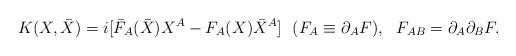
LaTeX: \begin{align*}K(X,\bar{X})=i[\bar{F}_A(\bar{X})X^A -F_A(X)\bar{X}^A]\ \ (F_A\equiv\partial_A F), \ \ F_{AB} = \partial_A\partial_B F. \end{align*}